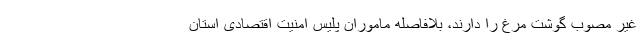
غیر مصوب گوشت مرغ را دارند، بلافاصله ماموران پلیس امنیت اقتصادی استان